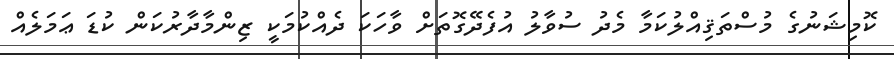
ކޮމިޝަނުގެ މުސްތަޤިއްލުކަމާ މެދު ސުވާލު އުފެދޭގޮތަށް ވާހަކަ ދެއްކުމަކީ ޒިންމާދާރުކަން ކުޑަ ޢަމަލެއް